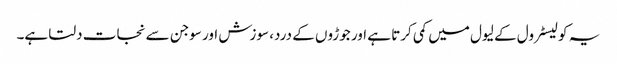
یہ کولیسٹرول کے لیول میں کمی کرتا ہے اور جوڑوں کے درد، سوزش اور سوجن سے نجات دلتا ہے۔